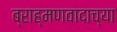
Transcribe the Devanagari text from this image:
ब्राह्मणवादाच्या